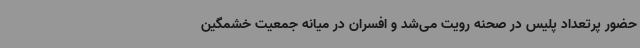
حضور پرتعداد پلیس در صحنه رویت می‌شد و افسران در میانه جمعیت خشمگین